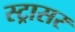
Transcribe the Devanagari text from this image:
स्ट्रासर